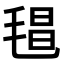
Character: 𣮑